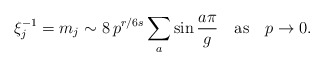
\begin{align*}\xi_j^{-1}=m_j \sim 8\, p^{r/6s} \sum_a \sin \frac{a\pi}{g}\quad \mbox{as} \quad p \to 0.\end{align*}